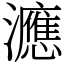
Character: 㶐